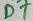
Text: D7